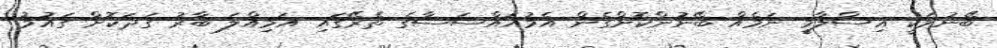
ބޭނުމަކީ އިސްލާމީ ނަމެއް ބޭނުންކޮށްގެން އެމުއައްސަސާގެ ތެރޭގައި އަމިއްލަ ބާރު ގަދަކޮށް ގައުމު